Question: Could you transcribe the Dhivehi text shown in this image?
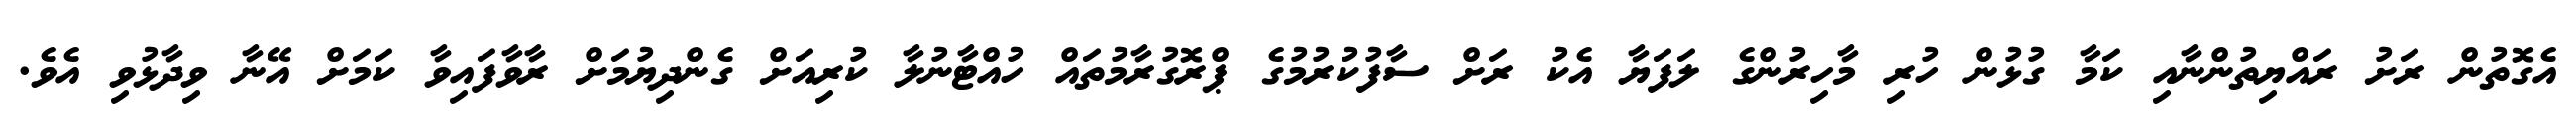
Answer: އެގޮތުން ރަށު ރައްޔިތުންނާއި ކަމާ ގުޅުން ހުރި މާހިރުންގެ ލަފަޔާ އެކު ރަށް ސާފުކުރުމުގެ ޕްރޮގުރާމުތައް ހުއްޓާނުލާ ކުރިއަށް ގެންދިޔުމަށް ރާވާފައިވާ ކަމަށް އޭނާ ވިދާޅުވި އެވެ.